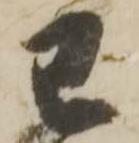
已